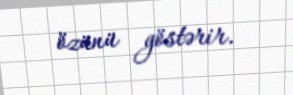
özünü göstərir.